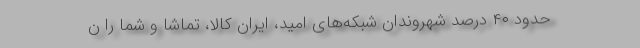
حدود ۴۰ درصد شهروندان شبکه‌های امید، ایران کالا، تماشا و شما را ن